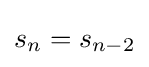
s_{n}=s_{n-2}